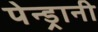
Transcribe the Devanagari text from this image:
पेन्ड्रानी